Vaccination in Bombay 1902-1912 - 1902-1912
Year: 1902
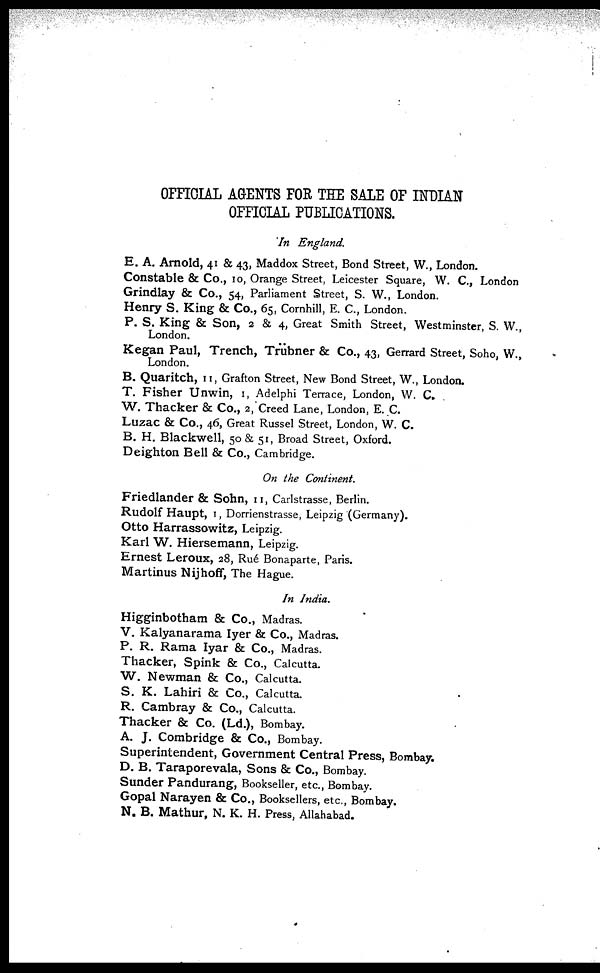
OFFICIAL AGENTS FOR THE SALE OF INDIAN
OFFICIAL PUBLICATIONS.
In England.
E. A. Arnold, 41 & 43, Maddox Street, Bond Street, W., London.
Constable & Co., 10, Orange Street, Leicester Square, W. C., London
Grindlay & Co., 54, Parliament Street, S. W., London.
Henry S. King & Co., 65, Cornhill, E. C., London.
P. S. King & Son, 2 & 4, Great Smith Street, Westminster, S. W.,
London.
Kegan Paul, Trench, Trübner & Co., 43, Gerrard Street, Soho, W.,
London.
B. Quaritch, 11, Grafton Street, New Bond Street, W., London.
T. Fisher Unwin, 1, Adelphi Terrace, London, W. C.
W. Thacker & Co., 2, Creed Lane, London, E. C.
Luzac & Co., 46, Great Russel Street, London, W. C.
B. H. Blackwell, 50 & 51, Broad Street, Oxford.
Deighton Bell & Co., Cambridge.
On the Continent.
Friedlander & Sohn, 11, Carlstrasse, Berlin.
Rudolf Haupt, 1, Dorrienstrasse, Leipzig (Germany).
Otto Harrassowitz, Leipzig.
Karl W. Hiersemann, Leipzig.
Ernest Leroux, 28, Rué Bonaparte, Paris.
Martinus Nijhoff, The Hague.
In India.
Higginbotham & Co., Madras.
V. Kalyanarama Iyer & Co., Madras.
P. R. Rama Iyar & Co., Madras.
Thacker, Spink & Co., Calcutta.
W. Newman & Co., Calcutta.
S. K. Lahiri & Co., Calcutta.
R. Cambray & Co., Calcutta.
Thacker & Co. (Ld.), Bombay.
A. J. Combridge & Co., Bombay.
Superintendent, Government Central Press, Bombay.
D. B. Taraporevala, Sons & Co., Bombay.
Sunder Pandurang, Bookseller, etc., Bombay.
Gopal Narayen & Co., Booksellers, etc., Bombay.
N. B. Mathur, N. K. H. Press, Allahabad.